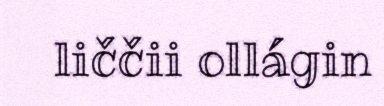
liččii ollágin